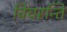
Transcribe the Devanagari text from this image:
विचरन्ति